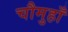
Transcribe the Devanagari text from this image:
चौमुहाँ